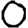
Digit: 0